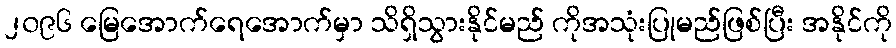
၂၀၉၆ မြေအောက်ရေအောက်မှာ သိရှိသွားနိုင်မည် ကိုအသုံးပြုမည်ဖြစ်ပြီး အနိုင်ကို